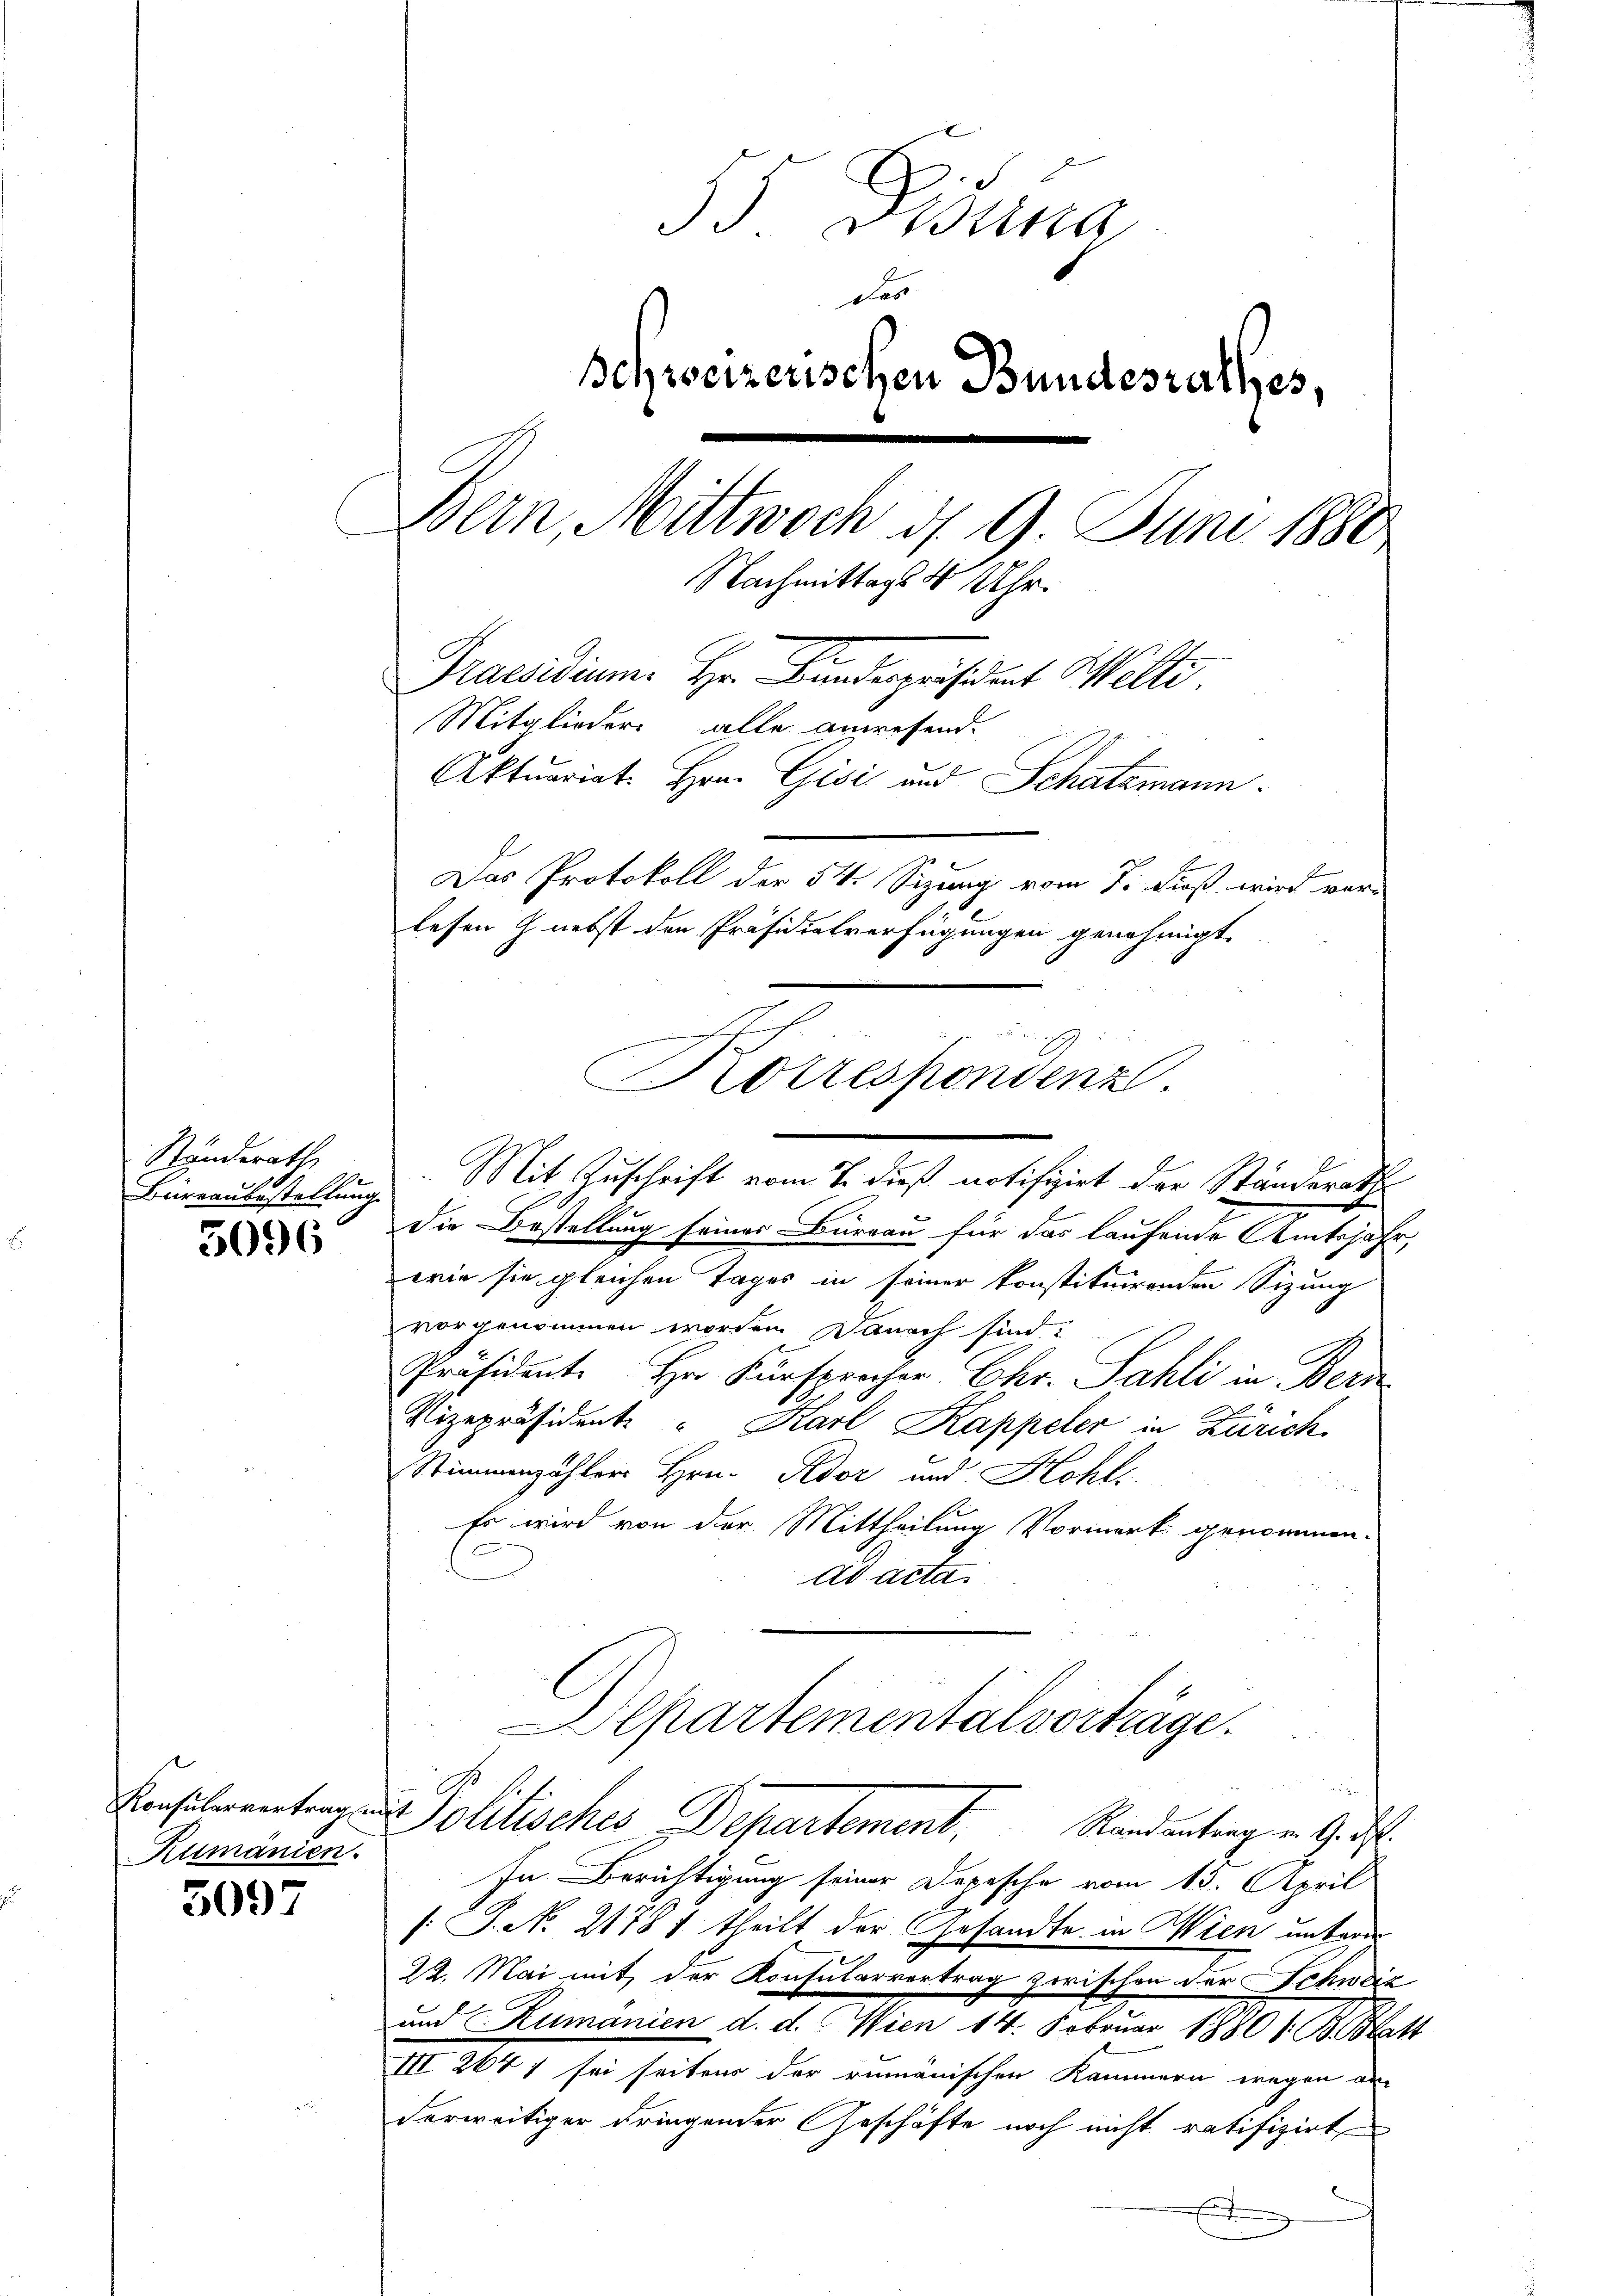
Stunderath
Büreaubestellung

5096

Rumänien.

3097

35. Disena
Des
Schweizerischen Bundesrathes,
Bern, Mittwoch d. 9. Juni 1880
Nachmittags 4 Uhr.
Praesidium. Hr. Findegesdat Welti.
Mitglieder alle anwesend.
Aktuariat Hrn. Gisi und Schatzmann.
Das Protokoll der 54 Sizung vom 7. Fuß wird ver-
lesen nebst den Präsidialverfügungen genehmigt.

Mit Zuschrift vom 7. dieß notifizirt der Ständerath
die Bestellung seiner Bureau für das laufende Amtsjahr,
wie sie gleichen Tages in seiner konstituirenden Sizung
vorgenommen worden. Danach sind:
Präsidente Hr. Fürsprecher Chr. Sahli in Bern
Vizepräsidente " Karl Kappeler in Zürich.
Stimmenzähler Hrn. Kdor und Hohls
Es wird von der Mittheilung Vormerk genommen.
ad acta.
Departementalverträge.
i
Konsubventrag - Politisches Departement, Randantrag v. G. P.
In Berichtigung seiner Depesche vom 13. April
/: J. No 21781 theilt der Gesandte in Wien unterm
22. Mai mit der Konsularvertrag zwischen der Schwdić
und Rumanien d. d. Wien 14. Februar 1880 s. B. Blatt
III 2641 sei seitens der rumänischen Kammern wegen an
derweitiger dringender Geschäfte noch nicht ratifizirt
Et

Korrespondenz.